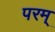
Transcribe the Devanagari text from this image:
परम्‌